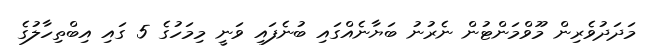
މަދަދުވެރިން މޫވްމަންޓުން ނެރުނު ބަޔާނެއްގައި ބުނެފައި ވަނީ މިމަހުގެ 5 ގައި އިބްތިހާލުގެ